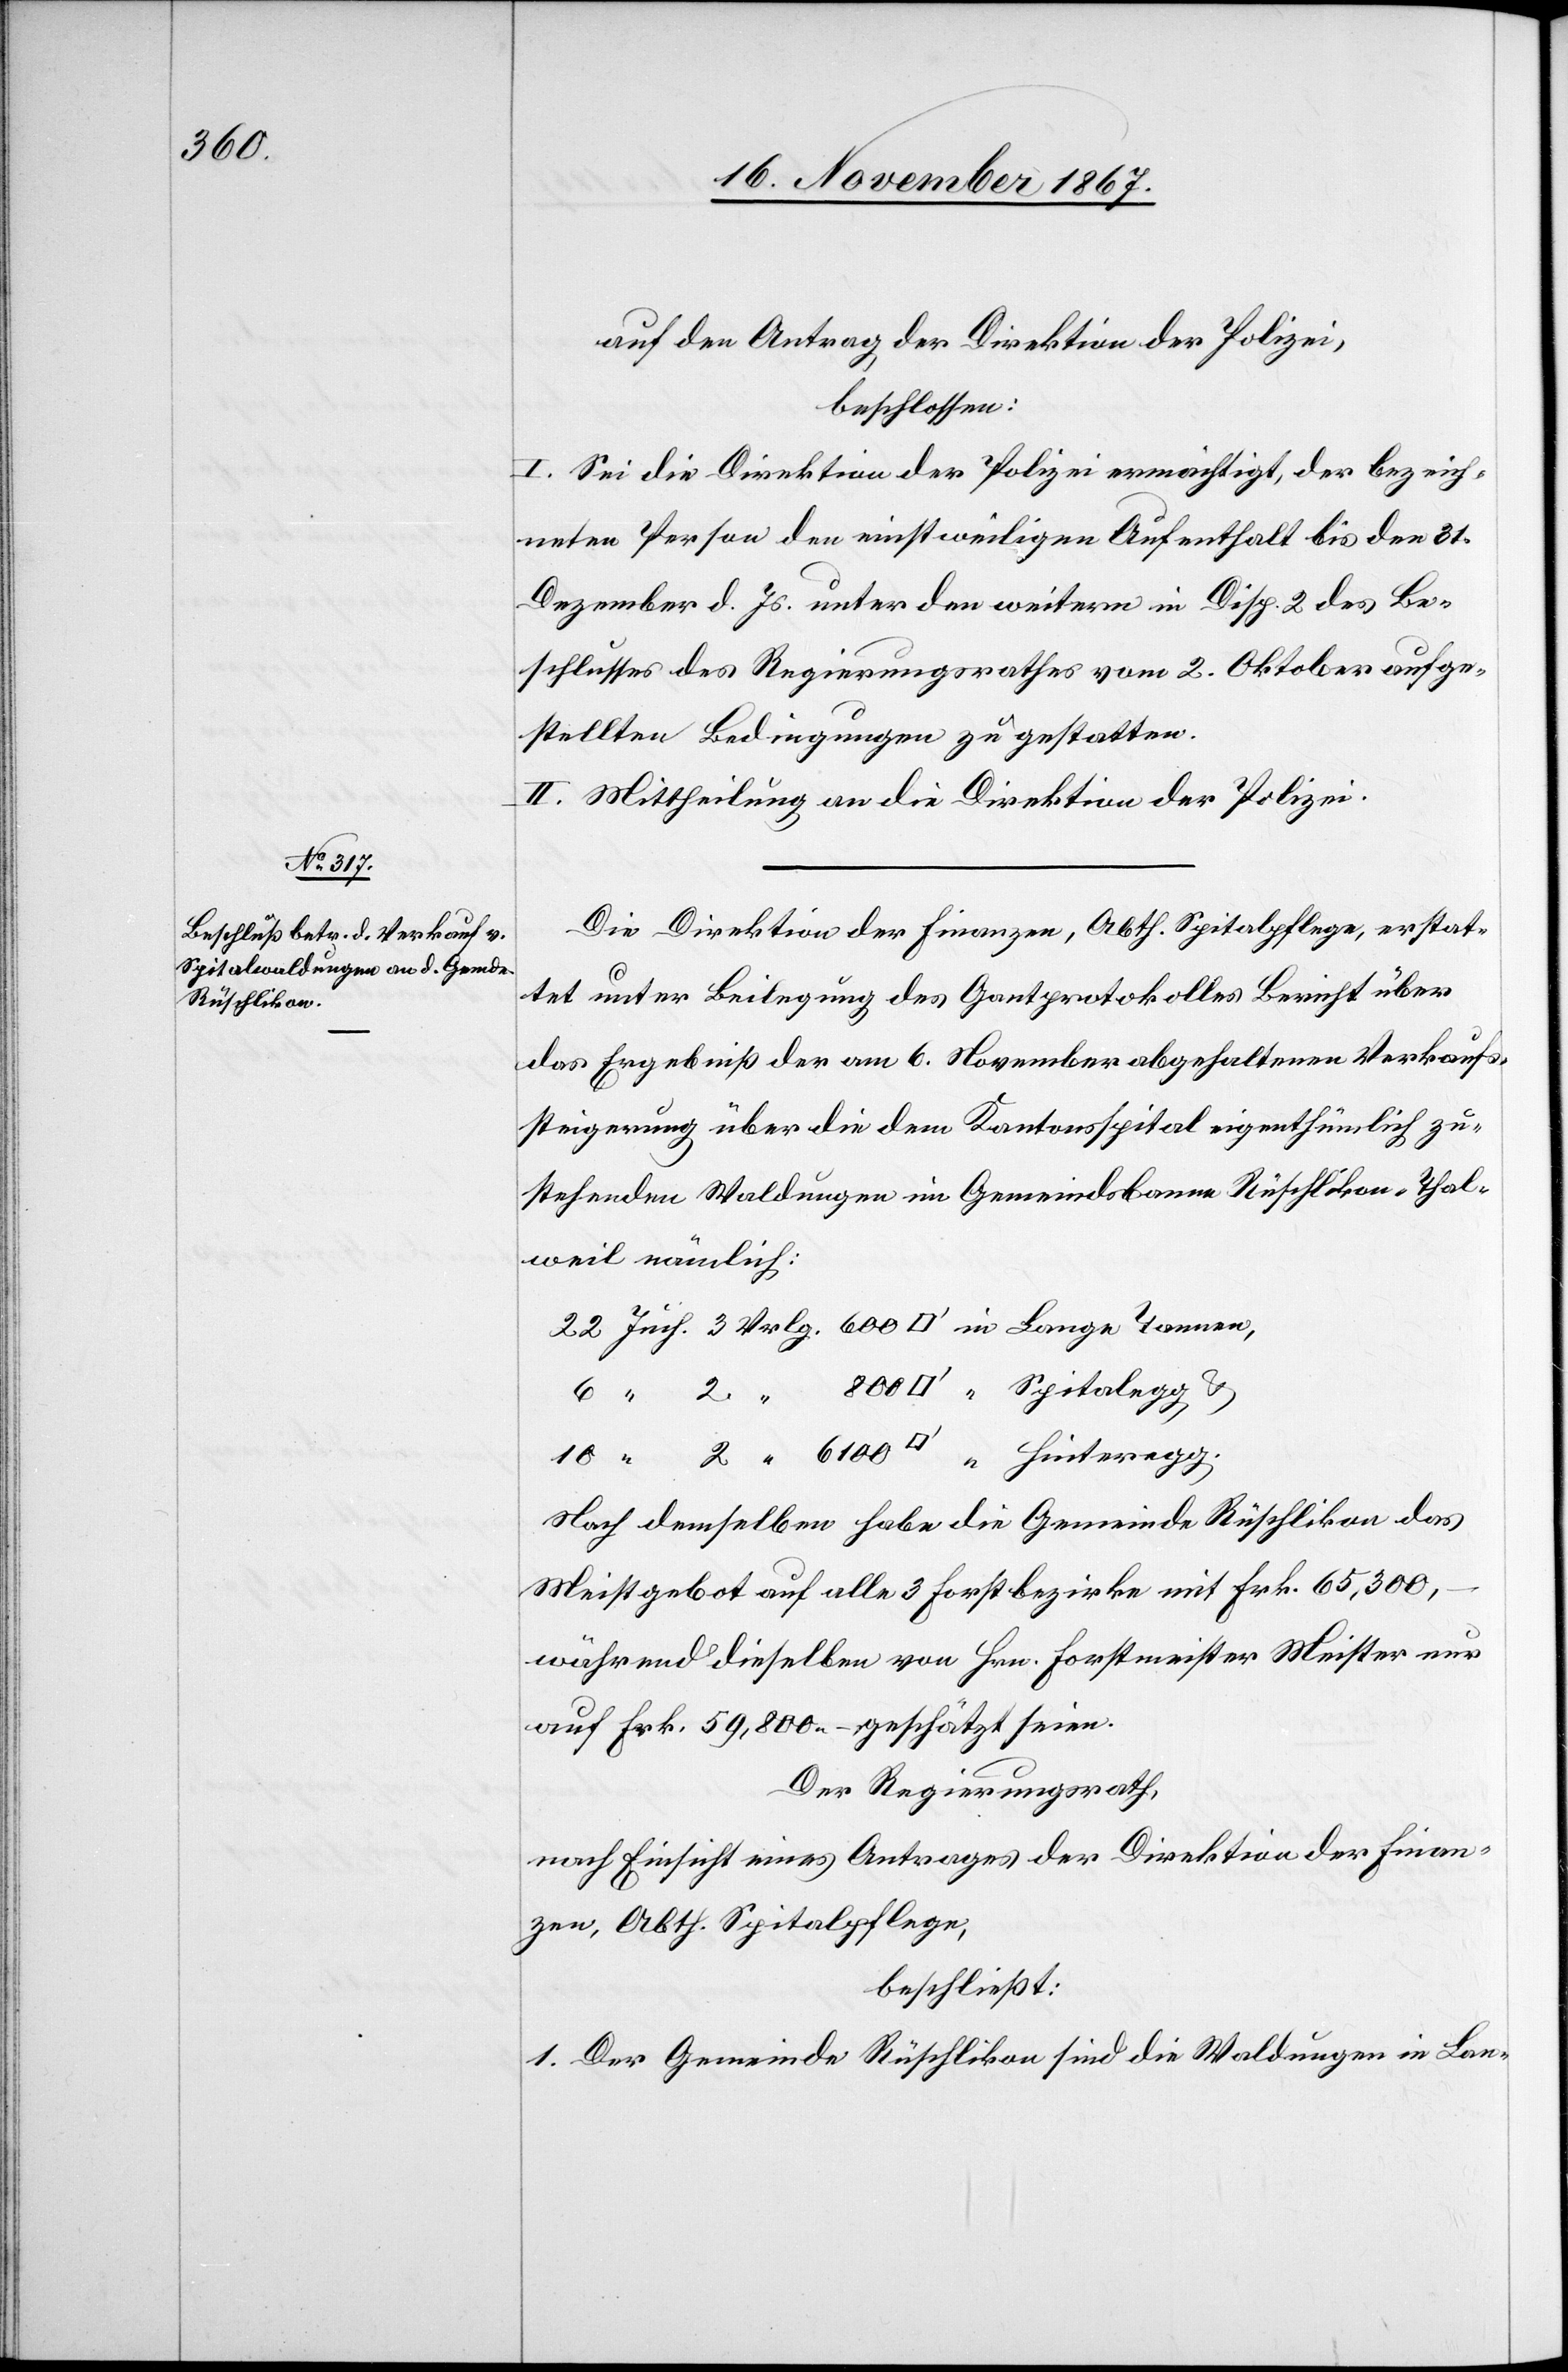
6100

auf den Antrag der Direktion der Polizei,
beschlossen:
I. Sei die Direktion der Polizei ermächtigt, der bezeich¬
neten Person den einstweiligen Aufenthalt bis den 31.
Dezember d. Js. unter den weitern in Disp. 2 des Be¬
schlusses des Regierungsrathes vom 2. Oktober aufge¬
stellten Bedingungen zu gestatten.
II. Mittheilung an die Direktion der Polizei.
Die Direktion der Finanzen, Abth. Spitalpflege, erstat¬
tet unter Beilegung des Gantprotokolles Bericht über
das Ergebniß der am 6. November abgehaltenen Verkaufs¬
steigerung über die dem Kantonsspital eigenthümlich zu¬
stehenden Waldungen im Gemeindsbanne Rüschlikon-Thal¬
weil nämlich
Nach demselben habe die Gemeinde Rüschlikon das
Meistgebot auf alle 3 Forstbezirke mit Frk. 65 300.–
während dieselben von Hrn. Forstmeister Meister nur
auf Frk. 59 800.– geschätzt seien.
Der Regierungsrath,
nach Einsicht eines Antrages der Direktion der Finan¬
zen, Abth. Spitalpflege,
beschließt:
1. Der Gemeinde Rüschlikon sind die Waldungen in Lan-